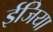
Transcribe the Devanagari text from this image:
ईजिया